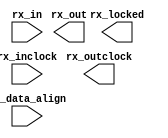
// megafunction wizard: %ALTLVDS_RX%VBB%
// GENERATION: STANDARD
// VERSION: WM1.0
// MODULE: ALTLVDS_RX 

// ============================================================
// Megafunction Name(s):
// 			ALTLVDS_RX
//
// Simulation Library Files(s):
// 			altera_mf
// ============================================================
// ************************************************************
// THIS IS A WIZARD-GENERATED FILE. DO NOT EDIT THIS FILE!
//
// 13.0.1 Build 232 06/12/2013 SP 1 SJ Web Edition
// ************************************************************

//Copyright (C) 1991-2013 Altera Corporation
//Your use of Altera Corporation's design tools, logic functions 
//and other software and tools, and its AMPP partner logic 
//functions, and any output files from any of the foregoing 
//(including device programming or simulation files), and any 
//associated documentation or information are expressly subject 
//to the terms and conditions of the Altera Program License 
//Subscription Agreement, Altera MegaCore Function License 
//Agreement, or other applicable license agreement, including, 
//without limitation, that your use is for the sole purpose of 
//programming logic devices manufactured by Altera and sold by 
//Altera or its authorized distributors.  Please refer to the 
//applicable agreement for further details.

module lvds_rx_9chan_6x (
	rx_data_align,
	rx_in,
	rx_inclock,
	rx_locked,
	rx_out,
	rx_outclock);

	input	  rx_data_align;
	input	[8:0]  rx_in;
	input	  rx_inclock;
	output	  rx_locked;
	output	[53:0]  rx_out;
	output	  rx_outclock;

endmodule

// ============================================================
// CNX file retrieval info
// ============================================================
// Retrieval info: LIBRARY: altera_mf altera_mf.altera_mf_components.all
// Retrieval info: PRIVATE: Bitslip NUMERIC "0"
// Retrieval info: PRIVATE: Clock_Choices STRING "tx_coreclock"
// Retrieval info: PRIVATE: Clock_Mode NUMERIC "0"
// Retrieval info: PRIVATE: Data_rate STRING "600.0"
// Retrieval info: PRIVATE: Deser_Factor NUMERIC "6"
// Retrieval info: PRIVATE: Dpll_Lock_Count NUMERIC "0"
// Retrieval info: PRIVATE: Dpll_Lock_Window NUMERIC "0"
// Retrieval info: PRIVATE: Enable_DPA_Mode STRING "OFF"
// Retrieval info: PRIVATE: Enable_FIFO_DPA_Channels NUMERIC "0"
// Retrieval info: PRIVATE: Ext_PLL STRING "OFF"
// Retrieval info: PRIVATE: INTENDED_DEVICE_FAMILY STRING "Cyclone II"
// Retrieval info: PRIVATE: Le_Serdes STRING "ON"
// Retrieval info: PRIVATE: Num_Channel NUMERIC "9"
// Retrieval info: PRIVATE: Outclock_Divide_By NUMERIC "0"
// Retrieval info: PRIVATE: pCNX_OUTCLK_ALIGN NUMERIC "0"
// Retrieval info: PRIVATE: pINCLOCK_PHASE_SHIFT STRING "0.00"
// Retrieval info: PRIVATE: PLL_Enable NUMERIC "0"
// Retrieval info: PRIVATE: PLL_Freq STRING "120.00"
// Retrieval info: PRIVATE: PLL_Period STRING "8.333"
// Retrieval info: PRIVATE: pOUTCLOCK_PHASE_SHIFT NUMERIC "0"
// Retrieval info: PRIVATE: Reg_InOut NUMERIC "1"
// Retrieval info: PRIVATE: Use_Cda_Reset NUMERIC "0"
// Retrieval info: PRIVATE: Use_Clock_Resc STRING "AUTO"
// Retrieval info: PRIVATE: Use_Common_Rx_Tx_Plls NUMERIC "0"
// Retrieval info: PRIVATE: Use_Data_Align NUMERIC "0"
// Retrieval info: PRIVATE: Use_Lock NUMERIC "1"
// Retrieval info: PRIVATE: Use_Pll_Areset NUMERIC "0"
// Retrieval info: PRIVATE: Use_Rawperror NUMERIC "0"
// Retrieval info: PRIVATE: Use_Tx_Out_Phase NUMERIC "0"
// Retrieval info: CONSTANT: BUFFER_IMPLEMENTATION STRING "RAM"
// Retrieval info: CONSTANT: CDS_MODE STRING "UNUSED"
// Retrieval info: CONSTANT: COMMON_RX_TX_PLL STRING "OFF"
// Retrieval info: CONSTANT: clk_src_is_pll STRING "off"
// Retrieval info: CONSTANT: DATA_ALIGN_ROLLOVER NUMERIC "4"
// Retrieval info: CONSTANT: DATA_RATE STRING "600.0 Mbps"
// Retrieval info: CONSTANT: DESERIALIZATION_FACTOR NUMERIC "6"
// Retrieval info: CONSTANT: DPA_INITIAL_PHASE_VALUE NUMERIC "0"
// Retrieval info: CONSTANT: DPLL_LOCK_COUNT NUMERIC "0"
// Retrieval info: CONSTANT: DPLL_LOCK_WINDOW NUMERIC "0"
// Retrieval info: CONSTANT: ENABLE_CLOCK_PIN_MODE STRING "UNUSED"
// Retrieval info: CONSTANT: ENABLE_DPA_ALIGN_TO_RISING_EDGE_ONLY STRING "OFF"
// Retrieval info: CONSTANT: ENABLE_DPA_CALIBRATION STRING "ON"
// Retrieval info: CONSTANT: ENABLE_DPA_FIFO STRING "UNUSED"
// Retrieval info: CONSTANT: ENABLE_DPA_INITIAL_PHASE_SELECTION STRING "OFF"
// Retrieval info: CONSTANT: ENABLE_DPA_MODE STRING "OFF"
// Retrieval info: CONSTANT: ENABLE_DPA_PLL_CALIBRATION STRING "OFF"
// Retrieval info: CONSTANT: ENABLE_SOFT_CDR_MODE STRING "OFF"
// Retrieval info: CONSTANT: IMPLEMENT_IN_LES STRING "ON"
// Retrieval info: CONSTANT: INCLOCK_BOOST NUMERIC "0"
// Retrieval info: CONSTANT: INCLOCK_DATA_ALIGNMENT STRING "EDGE_ALIGNED"
// Retrieval info: CONSTANT: INCLOCK_PERIOD NUMERIC "8333"
// Retrieval info: CONSTANT: INCLOCK_PHASE_SHIFT NUMERIC "0"
// Retrieval info: CONSTANT: INPUT_DATA_RATE NUMERIC "600"
// Retrieval info: CONSTANT: INTENDED_DEVICE_FAMILY STRING "Cyclone II"
// Retrieval info: CONSTANT: LOSE_LOCK_ON_ONE_CHANGE STRING "UNUSED"
// Retrieval info: CONSTANT: LPM_HINT STRING "UNUSED"
// Retrieval info: CONSTANT: LPM_TYPE STRING "altlvds_rx"
// Retrieval info: CONSTANT: NUMBER_OF_CHANNELS NUMERIC "9"
// Retrieval info: CONSTANT: OUTCLOCK_RESOURCE STRING "AUTO"
// Retrieval info: CONSTANT: PLL_OPERATION_MODE STRING "SOURCE_SYNCHRONOUS"
// Retrieval info: CONSTANT: PLL_SELF_RESET_ON_LOSS_LOCK STRING "UNUSED"
// Retrieval info: CONSTANT: PORT_RX_CHANNEL_DATA_ALIGN STRING "PORT_UNUSED"
// Retrieval info: CONSTANT: PORT_RX_DATA_ALIGN STRING "PORT_USED"
// Retrieval info: CONSTANT: REFCLK_FREQUENCY STRING "UNUSED"
// Retrieval info: CONSTANT: REGISTERED_DATA_ALIGN_INPUT STRING "UNUSED"
// Retrieval info: CONSTANT: REGISTERED_OUTPUT STRING "ON"
// Retrieval info: CONSTANT: RESET_FIFO_AT_FIRST_LOCK STRING "UNUSED"
// Retrieval info: CONSTANT: RX_ALIGN_DATA_REG STRING "UNUSED"
// Retrieval info: CONSTANT: SIM_DPA_IS_NEGATIVE_PPM_DRIFT STRING "OFF"
// Retrieval info: CONSTANT: SIM_DPA_NET_PPM_VARIATION NUMERIC "0"
// Retrieval info: CONSTANT: SIM_DPA_OUTPUT_CLOCK_PHASE_SHIFT NUMERIC "0"
// Retrieval info: CONSTANT: USE_CORECLOCK_INPUT STRING "OFF"
// Retrieval info: CONSTANT: USE_DPLL_RAWPERROR STRING "OFF"
// Retrieval info: CONSTANT: USE_EXTERNAL_PLL STRING "OFF"
// Retrieval info: CONSTANT: USE_NO_PHASE_SHIFT STRING "OFF"
// Retrieval info: CONSTANT: X_ON_BITSLIP STRING "ON"
// Retrieval info: USED_PORT: rx_data_align 0 0 0 0 INPUT NODEFVAL "rx_data_align"
// Retrieval info: CONNECT: @rx_data_align 0 0 0 0 rx_data_align 0 0 0 0
// Retrieval info: USED_PORT: rx_in 0 0 9 0 INPUT NODEFVAL "rx_in[8..0]"
// Retrieval info: CONNECT: @rx_in 0 0 9 0 rx_in 0 0 9 0
// Retrieval info: USED_PORT: rx_inclock 0 0 0 0 INPUT NODEFVAL "rx_inclock"
// Retrieval info: CONNECT: @rx_inclock 0 0 0 0 rx_inclock 0 0 0 0
// Retrieval info: USED_PORT: rx_locked 0 0 0 0 OUTPUT NODEFVAL "rx_locked"
// Retrieval info: CONNECT: rx_locked 0 0 0 0 @rx_locked 0 0 0 0
// Retrieval info: USED_PORT: rx_out 0 0 54 0 OUTPUT NODEFVAL "rx_out[53..0]"
// Retrieval info: CONNECT: rx_out 0 0 54 0 @rx_out 0 0 54 0
// Retrieval info: USED_PORT: rx_outclock 0 0 0 0 OUTPUT NODEFVAL "rx_outclock"
// Retrieval info: CONNECT: rx_outclock 0 0 0 0 @rx_outclock 0 0 0 0
// Retrieval info: GEN_FILE: TYPE_NORMAL lvds_rx_9chan_6x.v TRUE FALSE
// Retrieval info: GEN_FILE: TYPE_NORMAL lvds_rx_9chan_6x.qip TRUE FALSE
// Retrieval info: GEN_FILE: TYPE_NORMAL lvds_rx_9chan_6x.bsf TRUE TRUE
// Retrieval info: GEN_FILE: TYPE_NORMAL lvds_rx_9chan_6x_inst.v TRUE TRUE
// Retrieval info: GEN_FILE: TYPE_NORMAL lvds_rx_9chan_6x_bb.v TRUE TRUE
// Retrieval info: GEN_FILE: TYPE_NORMAL lvds_rx_9chan_6x.inc TRUE TRUE
// Retrieval info: GEN_FILE: TYPE_NORMAL lvds_rx_9chan_6x.cmp TRUE TRUE
// Retrieval info: GEN_FILE: TYPE_NORMAL lvds_rx_9chan_6x.ppf TRUE FALSE
// Retrieval info: LIB_FILE: altera_mf
// Retrieval info: CBX_MODULE_PREFIX: ON